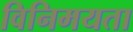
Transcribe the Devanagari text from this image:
विनिमयता